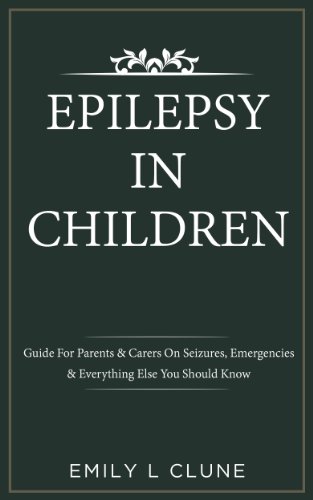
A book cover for Epilepsy In Children: Guide For Parents & Carers On Seizures, Emergencies & Everything Else You Should Know (Epilepsy In Children, Seizures In Children Book 1); Emily L Clune; Health, Fitness & Dieting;